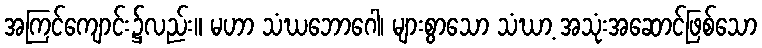
အကြင်ကျောင်း၌လည်း။ မဟာ သံဃဘောဂေါ၊ များစွာသော သံဃာ့ အသုံးအဆောင်ဖြစ်သော